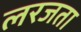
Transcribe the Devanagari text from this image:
लरजता